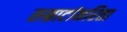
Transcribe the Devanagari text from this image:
सम्राटांकरिता